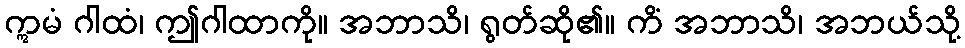
ဣမံ ဂါထံ၊ ဤဂါထာကို။ အဘာသိ၊ ရွတ်ဆို၏။ ကိံ အဘာသိ၊ အဘယ်သို့